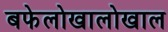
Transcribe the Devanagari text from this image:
बफेलोखालोखाल